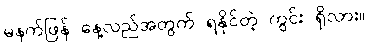
မနက်ဖြန် နေ့လည်အတွက် ရနိုင်တဲ့ ကွင်း ရှိလား။